Indian Civil Veterinary Department memoirs
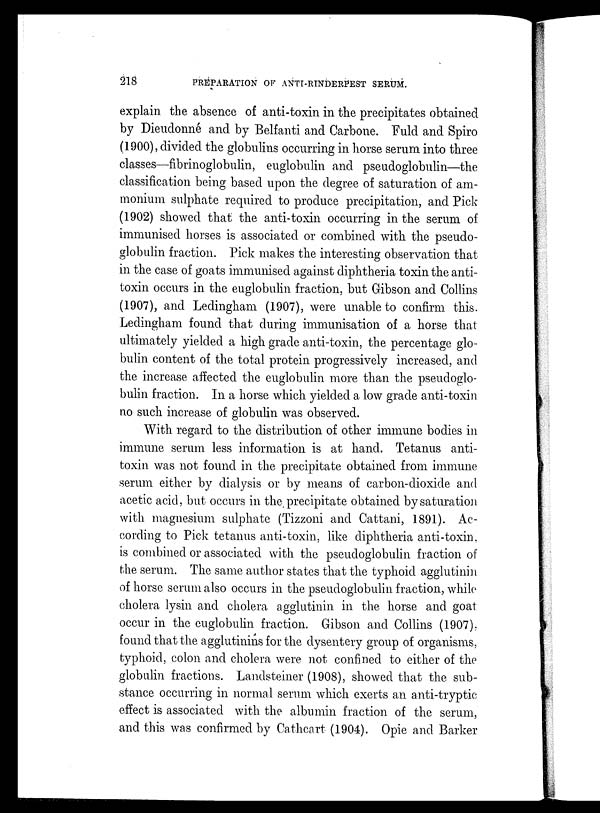
218
PREPARATION OF ANTI-RINDERPEST SERUM.
explain the absence of anti-toxin in the precipitates obtained
by Dieudonné and by Belfanti and Carbone. Fuld and Spiro
(1900), divided the globulins occurring in horse serum into three
classes—fibrinoglobulin, euglobulin and pseudoglobulin—the
classification being based upon the degree of saturation of am-
monium sulphate required to produce precipitation, and Pick
(1902) showed that the anti-toxin occurring in the serum of
immunised horses is associated or combined with the pseudo-
globulin fraction. Pick makes the interesting observation that
in the case of goats immunised against diphtheria toxin the anti-
toxin occurs in the euglobulin fraction, but Gibson and Collins
(1907), and Ledingham (1907), were unable to confirm this.
Ledingham found that during immunisation of a horse that
ultimately yielded a high grade anti-toxin, the percentage glo-
bulin content of the total protein progressively increased, and
the increase affected the euglobulin more than the pseudoglo-
bulin fraction. In a horse which yielded a low grade anti-toxin
no such increase of globulin was observed.
With regard to the distribution of other immune bodies in
immune serum less information is at hand. Tetanus anti-
toxin was not found in the precipitate obtained from immune
serum either by dialysis or by means of carbon-dioxide and
acetic acid, but occurs in the precipitate obtained by saturation
with magnesium sulphate (Tizzoni and Cattani, 1891). Ac-
cording to Pick tetanus anti-toxin, like diphtheria anti-toxin,
is combined or associated with the pseudoglobulin fraction of
the serum. The same author states that the typhoid agglutinin
of horse serum also occurs in the pseudoglobulin fraction, while
cholera lysin and cholera agglutinin in the horse and goat
occur in the euglobulin fraction. Gibson and Collins (1907).
found that the agglutinins for the dysentery group of organisms,
typhoid, colon and cholera were not confined to either of the
globulin fractions. Landsteiner (1908), showed that the sub-
stance occurring in normal serum which exerts an anti-tryptic
effect is associated with the albumin fraction of the serum,
and this was confirmed by Cathcart (1904). Opie and Barker